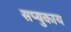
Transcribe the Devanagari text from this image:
सप्युकाय